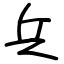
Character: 兵